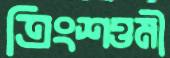
ত্রিংশত্তমী